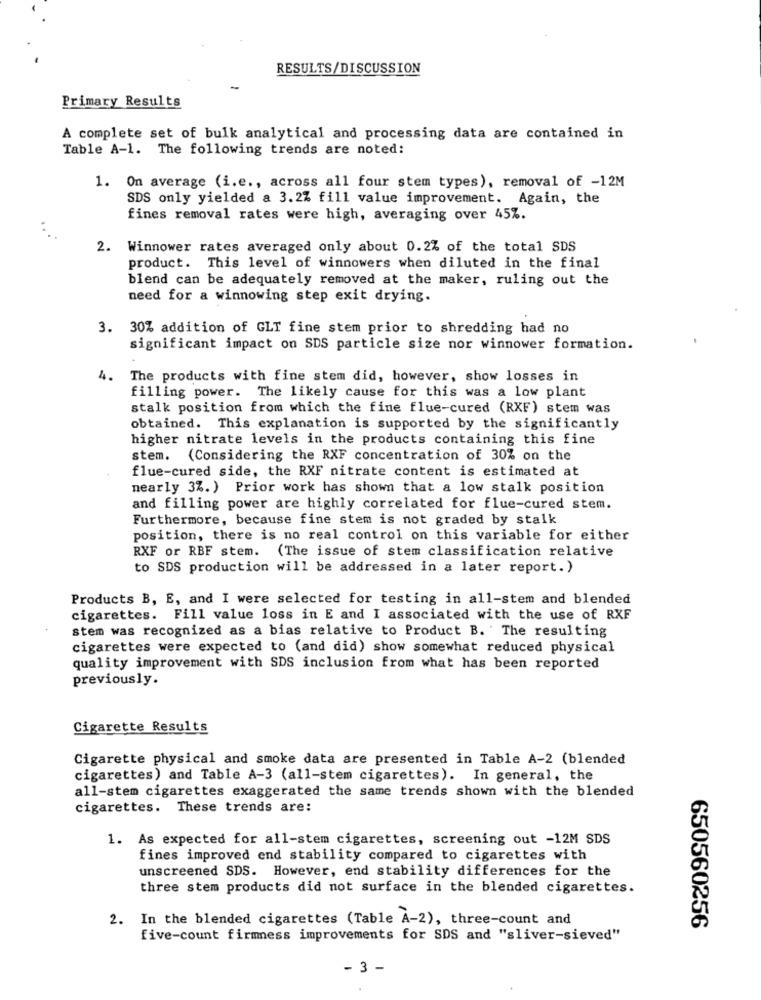
RESULTS/DISCUSSION
Primary Results
A complete set of bulk analytical and processing data are contained in
Table A-1. The following trends are noted:
1. On average (i.e ., across all four stem types), removal of -12M
SDS only yielded a 3.2% fill value improvement. Again, the
fines removal rates were high, averaging over 45%.
2. Winnower rates averaged only about 0.2% of the total SDS
product. This level of winnowers when diluted in the final
blend can be adequately removed at the maker, ruling out the
need for a winnowing step exit drying.
3. 30% addition of GLT fine stem prior to shredding had no
significant impact on SDS particle size nor winnower formation.
4.
The products with fine stem did, however, show losses in
filling power. The likely cause for this was a low plant
stalk position from which the fine flue-cured (RXF) stem was
obtained. This explanation is supported by the significantly
higher nitrate levels in the products containing this fine
stem. (Considering the RXF concentration of 30% on the
flue-cured side, the RXF nitrate content is estimated at
nearly 3%. ) Prior work has shown that a low stalk position
and filling power are highly correlated for flue-cured stem.
Furthermore, because fine stem is not graded by stalk
position, there is no real control on this variable for either
RXF or RBF stem. (The issue of stem classification relative
to SDS production will be addressed in a later report. )
Products B, E, and I were selected for testing in all-stem and blended
cigarettes. Fill value loss in E and I associated with the use of RXF
stem was recognized as a bias relative to Product B. The resulting
cigarettes were expected to (and did) show somewhat reduced physical
quality improvement with SDS inclusion from what has been reported
previously.
Cigarette Results
Cigarette physical and smoke data are presented in Table A-2 (blended
cigarettes) and Table A-3 (all-stem cigarettes). In general, the
all-stem cigarettes exaggerated the same trends shown with the blended
cigarettes. These trends are:
1. As expected for all-stem cigarettes, screening out -12M SDS
fines improved end stability compared to cigarettes with
unscreened SDS. However, end stability differences for the
three stem products did not surface in the blended cigarettes.
2. In the blended cigarettes (Table A-2), three-count and
650560256
five-count firmness improvements for SDS and "sliver-sieved"
- 3 -